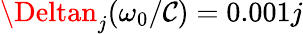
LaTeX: \Deltan_{j}(\omega_{0}/\mathcal{C})=0.001j